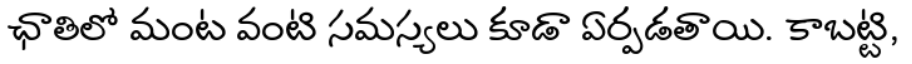
ఛాతిలో మంట వంటి సమస్యలు కూడా ఏర్పడతాయి. కాబట్టి,